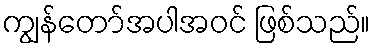
ကျွန်တော်အပါအဝင် ဖြစ်သည်။